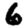
Digit: 6